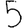
Digit: 5